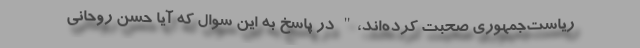
ریاست‌جمهوری صحبت ‌کرده‌اند،" در پاسخ به این سوال که آیا حسن روحانی